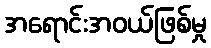
အရောင်းအဝယ်ဖြစ်မှု